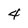
Character: 4